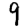
Digit: 9